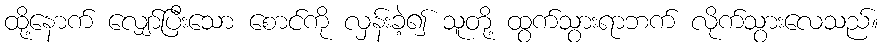
ထို့နောက် လျှော်ပြီးသော စောင်ကို လှန်းခဲ့၍ သူတို့ ထွက်သွားရာဘက် လိုက်သွားလေသည်။